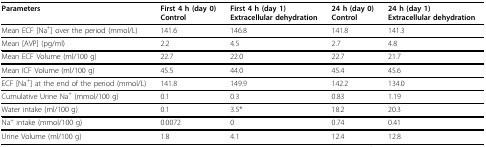
| Parameters | First 4 h (day 0)Control | First 4 h (day 1)Extracellular dehydration | 24 h (day 0)Control | 24 h (day 1)Extracellular dehydration |
 | --- | --- | --- | --- | --- |
 | Mean ECF [Na+] over the period (mmol/L) | 141.6 | 146.8 | 141.8 | 141.3 |
 | Mean [AVP] (pg/ml) | 2.2 | 4.5 | 2.7 | 4.8 |
 | Mean ECF Volume (ml/100 g) | 22.7 | 22.0 | 22.7 | 21.7 |
 | Mean ICF Volume (ml/100 g) | 45.5 | 44.0 | 45.4 | 45.6 |
 | ECF [Na+] at the end of the period (mmol/L) | 141.8 | 149.9 | 142.2 | 134.0 |
 | Cumulative Urine Na+ (mmol/100 g) | 0.1 | 0.3 | 0.83 | 1.19 |
 | Water intake (ml/100 g) | 0.1 | 3.5* | 18.2 | 20.3 |
 | Na+ intake (mmol/100 g) | 0.0072 | 0 | 0.74 | 0.41 |
 | Urine Volume (ml/100 g) | 1.8 | 4.1 | 12.4 | 12.8 |